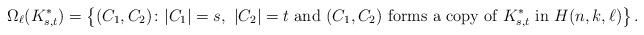
LaTeX: \begin{align*}\Omega_{\ell}(K^*_{s,t}) = \left\{(C_1,C_2)\colon |C_1|=s,\ |C_2|=t \mbox{ and }(C_1,C_2) \mbox{ forms a copy of } K^*_{s,t} \mbox{ in }H(n,k,\ell)\right\}.\end{align*}